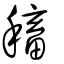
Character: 稸